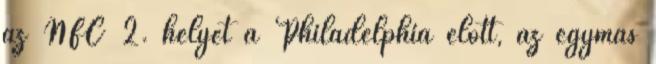
az NFC 2. helyét a Philadelphia előtt, az egymás